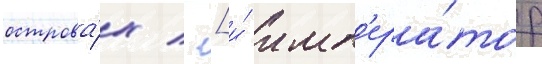
острова́х / [и́ имп'ера́тор